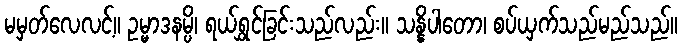
မမှတ်လေလင့်။ ဥမ္မာဒနမ္ပိ၊ ရယ်ရွှင်ခြင်းသည်လည်း။ သန္နိပါတော၊ စပ်ယှက်သည်မည်သည်။